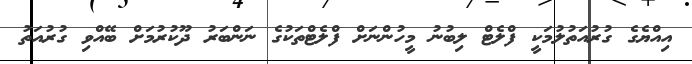
އިއްޔެގެ ގުރުއަތުލުމަކީ ފްލެޓް ލިބުނު މީހުންނަށް ފްލެޓްތަކުގެ ނަންބަރު ދޫކުރުމަށް ބޭއްވި ގުރުއަތު